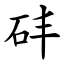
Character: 䂜